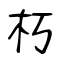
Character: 朽